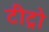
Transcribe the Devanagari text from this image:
टीट्रो